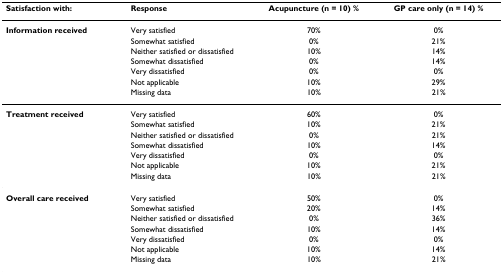
<table><thead><tr><td><b>Satisfaction with:</b></td><td><b>Response</b></td><td><b>Acupuncture (n = 10) %</b></td><td><b>GP care only (n = 14) %</b></td></tr></thead><tbody><tr><td><b>Information received</b></td><td>Very satisfied</td><td>70%</td><td>0%</td></tr><tr><td></td><td>Somewhat satisfied</td><td>0%</td><td>21%</td></tr><tr><td></td><td>Neither satisfied or dissatisfied</td><td>10%</td><td>14%</td></tr><tr><td></td><td>Somewhat dissatisfied</td><td>0%</td><td>14%</td></tr><tr><td></td><td>Very dissatisfied</td><td>0%</td><td>0%</td></tr><tr><td></td><td>Not applicable</td><td>10%</td><td>29%</td></tr><tr><td></td><td>Missing data</td><td>10%</td><td>21%</td></tr><tr><td><b>Treatment received</b></td><td>Very satisfied</td><td>60%</td><td>0%</td></tr><tr><td></td><td>Somewhat satisfied</td><td>10%</td><td>21%</td></tr><tr><td></td><td>Neither satisfied or dissatisfied</td><td>0%</td><td>21%</td></tr><tr><td></td><td>Somewhat dissatisfied</td><td>10%</td><td>14%</td></tr><tr><td></td><td>Very dissatisfied</td><td>0%</td><td>0%</td></tr><tr><td></td><td>Not applicable</td><td>10%</td><td>21%</td></tr><tr><td></td><td>Missing data</td><td>10%</td><td>21%</td></tr><tr><td><b>Overall care received</b></td><td>Very satisfied</td><td>50%</td><td>0%</td></tr><tr><td></td><td>Somewhat satisfied</td><td>20%</td><td>14%</td></tr><tr><td></td><td>Neither satisfied or dissatisfied</td><td>0%</td><td>36%</td></tr><tr><td></td><td>Somewhat dissatisfied</td><td>10%</td><td>14%</td></tr><tr><td></td><td>Very dissatisfied</td><td>0%</td><td>0%</td></tr><tr><td></td><td>Not applicable</td><td>10%</td><td>14%</td></tr><tr><td></td><td>Missing data</td><td>10%</td><td>21%</td></tr></tbody></table>